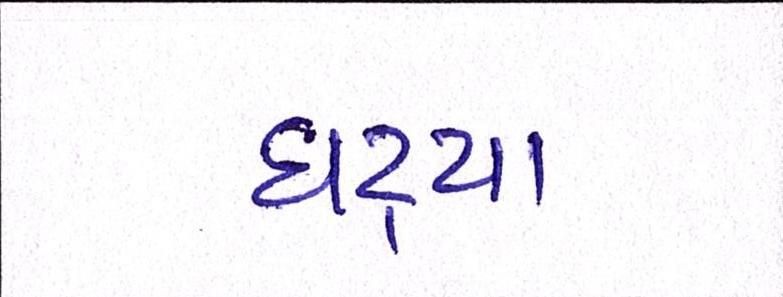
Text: ઘટ્યા